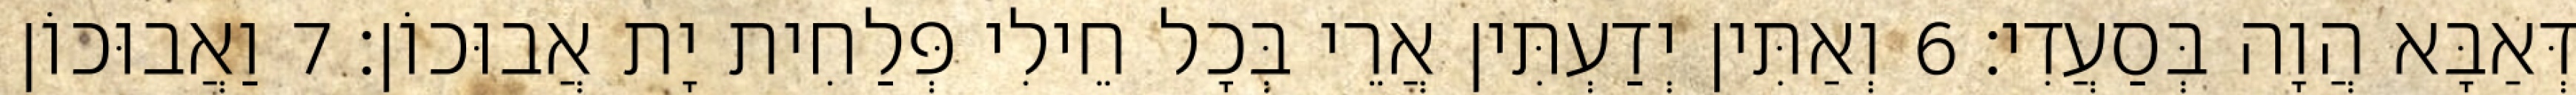
דְּאַבָּא הֲוָה בְּסַעֲדִי׃ 6 וְאַתִּין יְדַעְתִּין אֲרֵי בְּכָל חֵילִי פְּלַחִית יָת אֲבוּכוֹן׃ 7 וַאֲבוּכוֹן